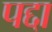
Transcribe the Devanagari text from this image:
पद्दा